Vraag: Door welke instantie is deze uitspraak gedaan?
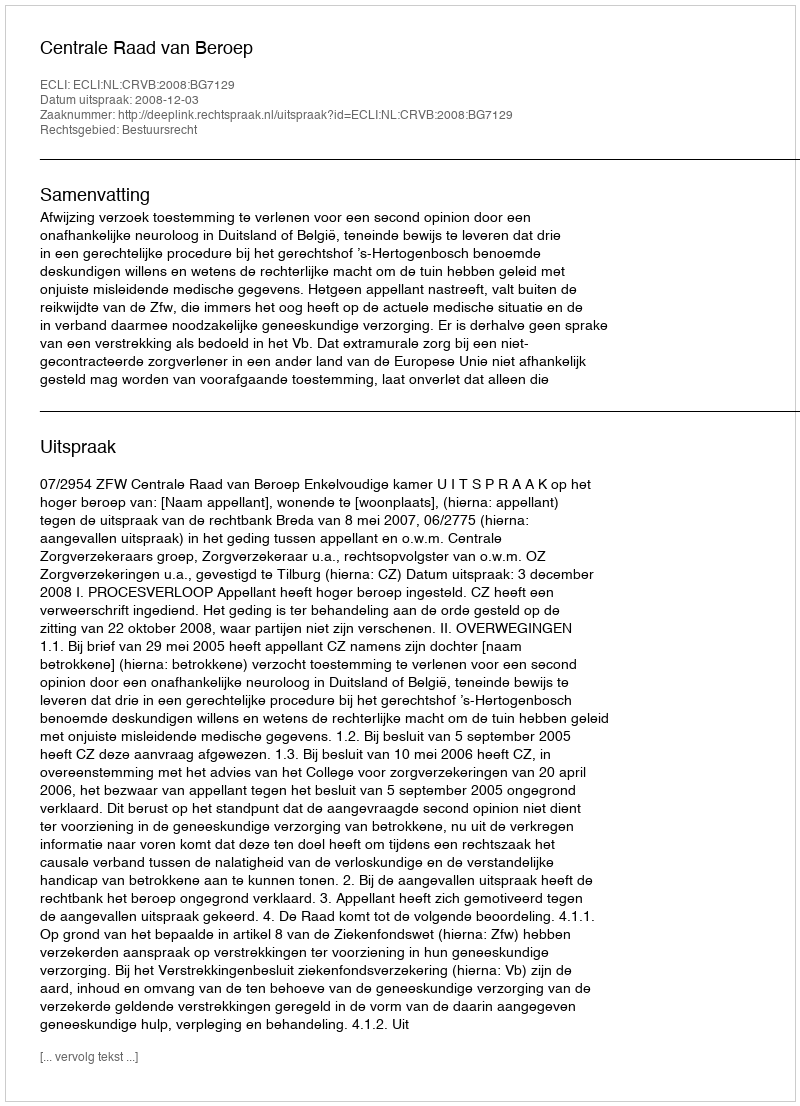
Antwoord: Centrale Raad van Beroep